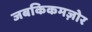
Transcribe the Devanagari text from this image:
जबकिकमज़ोर